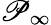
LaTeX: \mathscr{P}_{\infty}